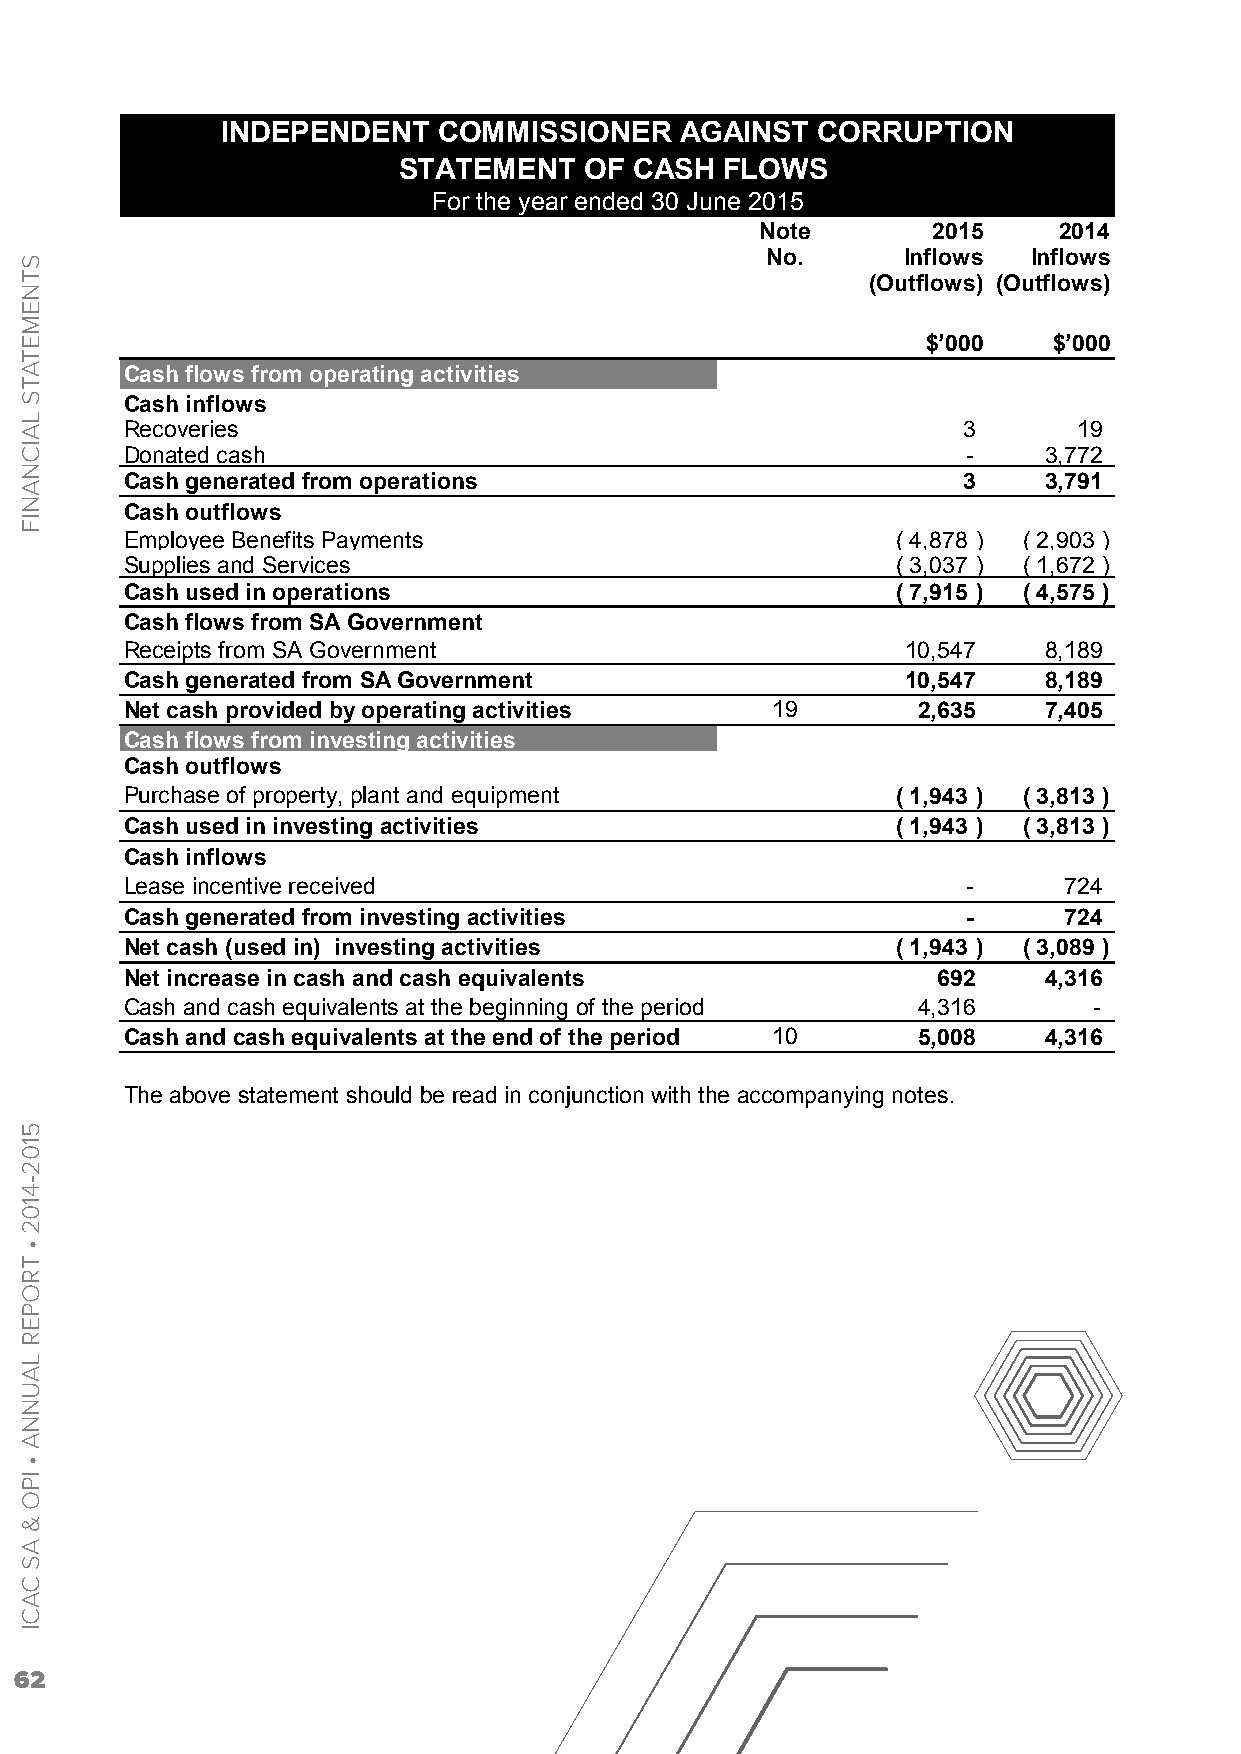
INDEPENDENT   COMMISSIONER    AGAINST  CORRUPTION
 STATEMENT    OF CASH  FLOWS
 For the year ended 30 June 2015
 Note        2015    2014
 No.      Inflows Inflows
 (Outflows) (Outflows)
 $’000    $’000
 Cash flows from operating activities
 Cash inflows
 Recoveries                                              3      19
 Donated cash                                            -    3,772
 Cash generated from operations                          3    3,791
 Cash outflows
 Employee Benefits Payments                         ( 4,878 ) ( 2,903 )
 Supplies and Services                              ( 3,037 ) ( 1,672 )
 Cash used in operations                            ( 7,915 ) ( 4,575 )
 Cash flows from SA Government
 Receipts from SA Government                         10,547   8,189
 Cash generated from SA Government                   10,547   8,189
 Net cash provided by operating activities  19        2,635   7,405
 Cash flows from investing activities
 Cash outflows
 Purchase of property, plant and equipment          ( 1,943 ) ( 3,813 )
 Cash used in investing activities                  ( 1,943 ) ( 3,813 )
 Cash inflows
 Lease incentive received                                -     724
 Cash generated from investing activities                -     724
 Net cash (used in) investing activities            ( 1,943 ) ( 3,089 )
 Net increase in cash and cash equivalents             692    4,316
 Cash and cash equivalents at the beginning of the period 4,316  -
 Cash and cash equivalents at the end of the period 10 5,008  4,316
 The above statement should be read in conjunction with the accompanying notes.
 62
 STNEMETATS
 LAICNANIF
 5102-4102
 •
 TROPER
 LAUNNA
 •
 IPO
 &
 AS
 CACI